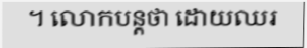
។ លោកបន្តថា ដោយឈរ